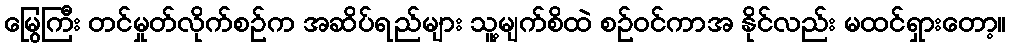
မြွေကြီး တင်မှုတ်လိုက်စဉ်က အဆိပ်ရည်များ သူ့မျက်စိထဲ စဉ်ဝင်ကာအ နိုင်လည်း မထင်ရှားတော့။